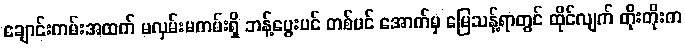
ချောင်းကမ်းအထက် မလှမ်းမကမ်းရှိ ဘန့်ပွေးပင် တစ်ပင် အောက်မှ မြေသန့်ရာတွင် ထိုင်လျက် တိုးတိုးက